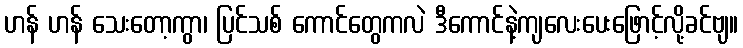
ဟန် ဟန် သေးတော့ကွာ၊ ပြင်သစ် ကောင်တွေကလဲ ဒီကောင်နဲ့ကျလေးပေးဖြောင့်လို့ခင်ဗျ။